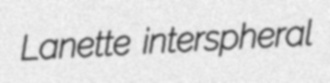
Lanette interspheral